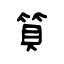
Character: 筫